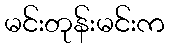
မင်းတုန်းမင်းက